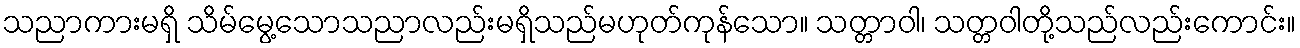
သညာကားမရှိ သိမ်မွေ့သောသညာလည်းမရှိသည်မဟုတ်ကုန်သော။ သတ္တာဝါ၊ သတ္တဝါတို့သည်လည်းကောင်း။